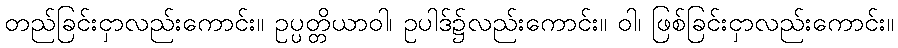
တည်ခြင်းငှာလည်းကောင်း။ ဥပ္ပတ္တိယာဝါ၊ ဥပါဒ်၌လည်းကောင်း။ ဝါ၊ ဖြစ်ခြင်းငှာလည်းကောင်း။